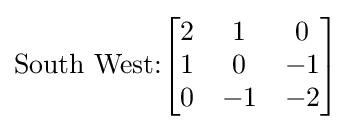
{\text{South West:}}{\begin{bmatrix}2&1&0\\1&0&-1\\0&-1&-2\end{bmatrix}}